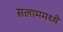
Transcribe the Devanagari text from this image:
सलाममध्ये